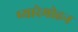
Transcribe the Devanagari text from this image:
प्यारेमोहन